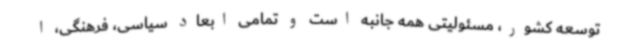
توسعه کشور، مسئولیتی همه جانبه است و تمامی ابعاد سیاسی، فرهنگی، ا